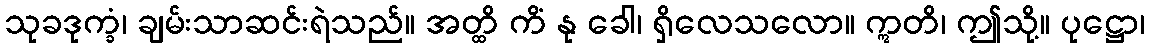
သုခဒုက္ခံ၊ ချမ်းသာဆင်းရဲသည်။ အတ္ထိ ကိံ နု ခေါ၊ ရှိလေသလော။ ဣတိ၊ ဤသို့။ ပုဋ္ဌော၊